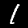
Label: 1